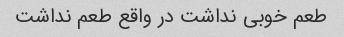
طعم خوبی نداشت در واقع طعم نداشت